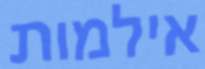
אילמות